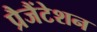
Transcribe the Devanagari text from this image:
प्रैजैंटेशन